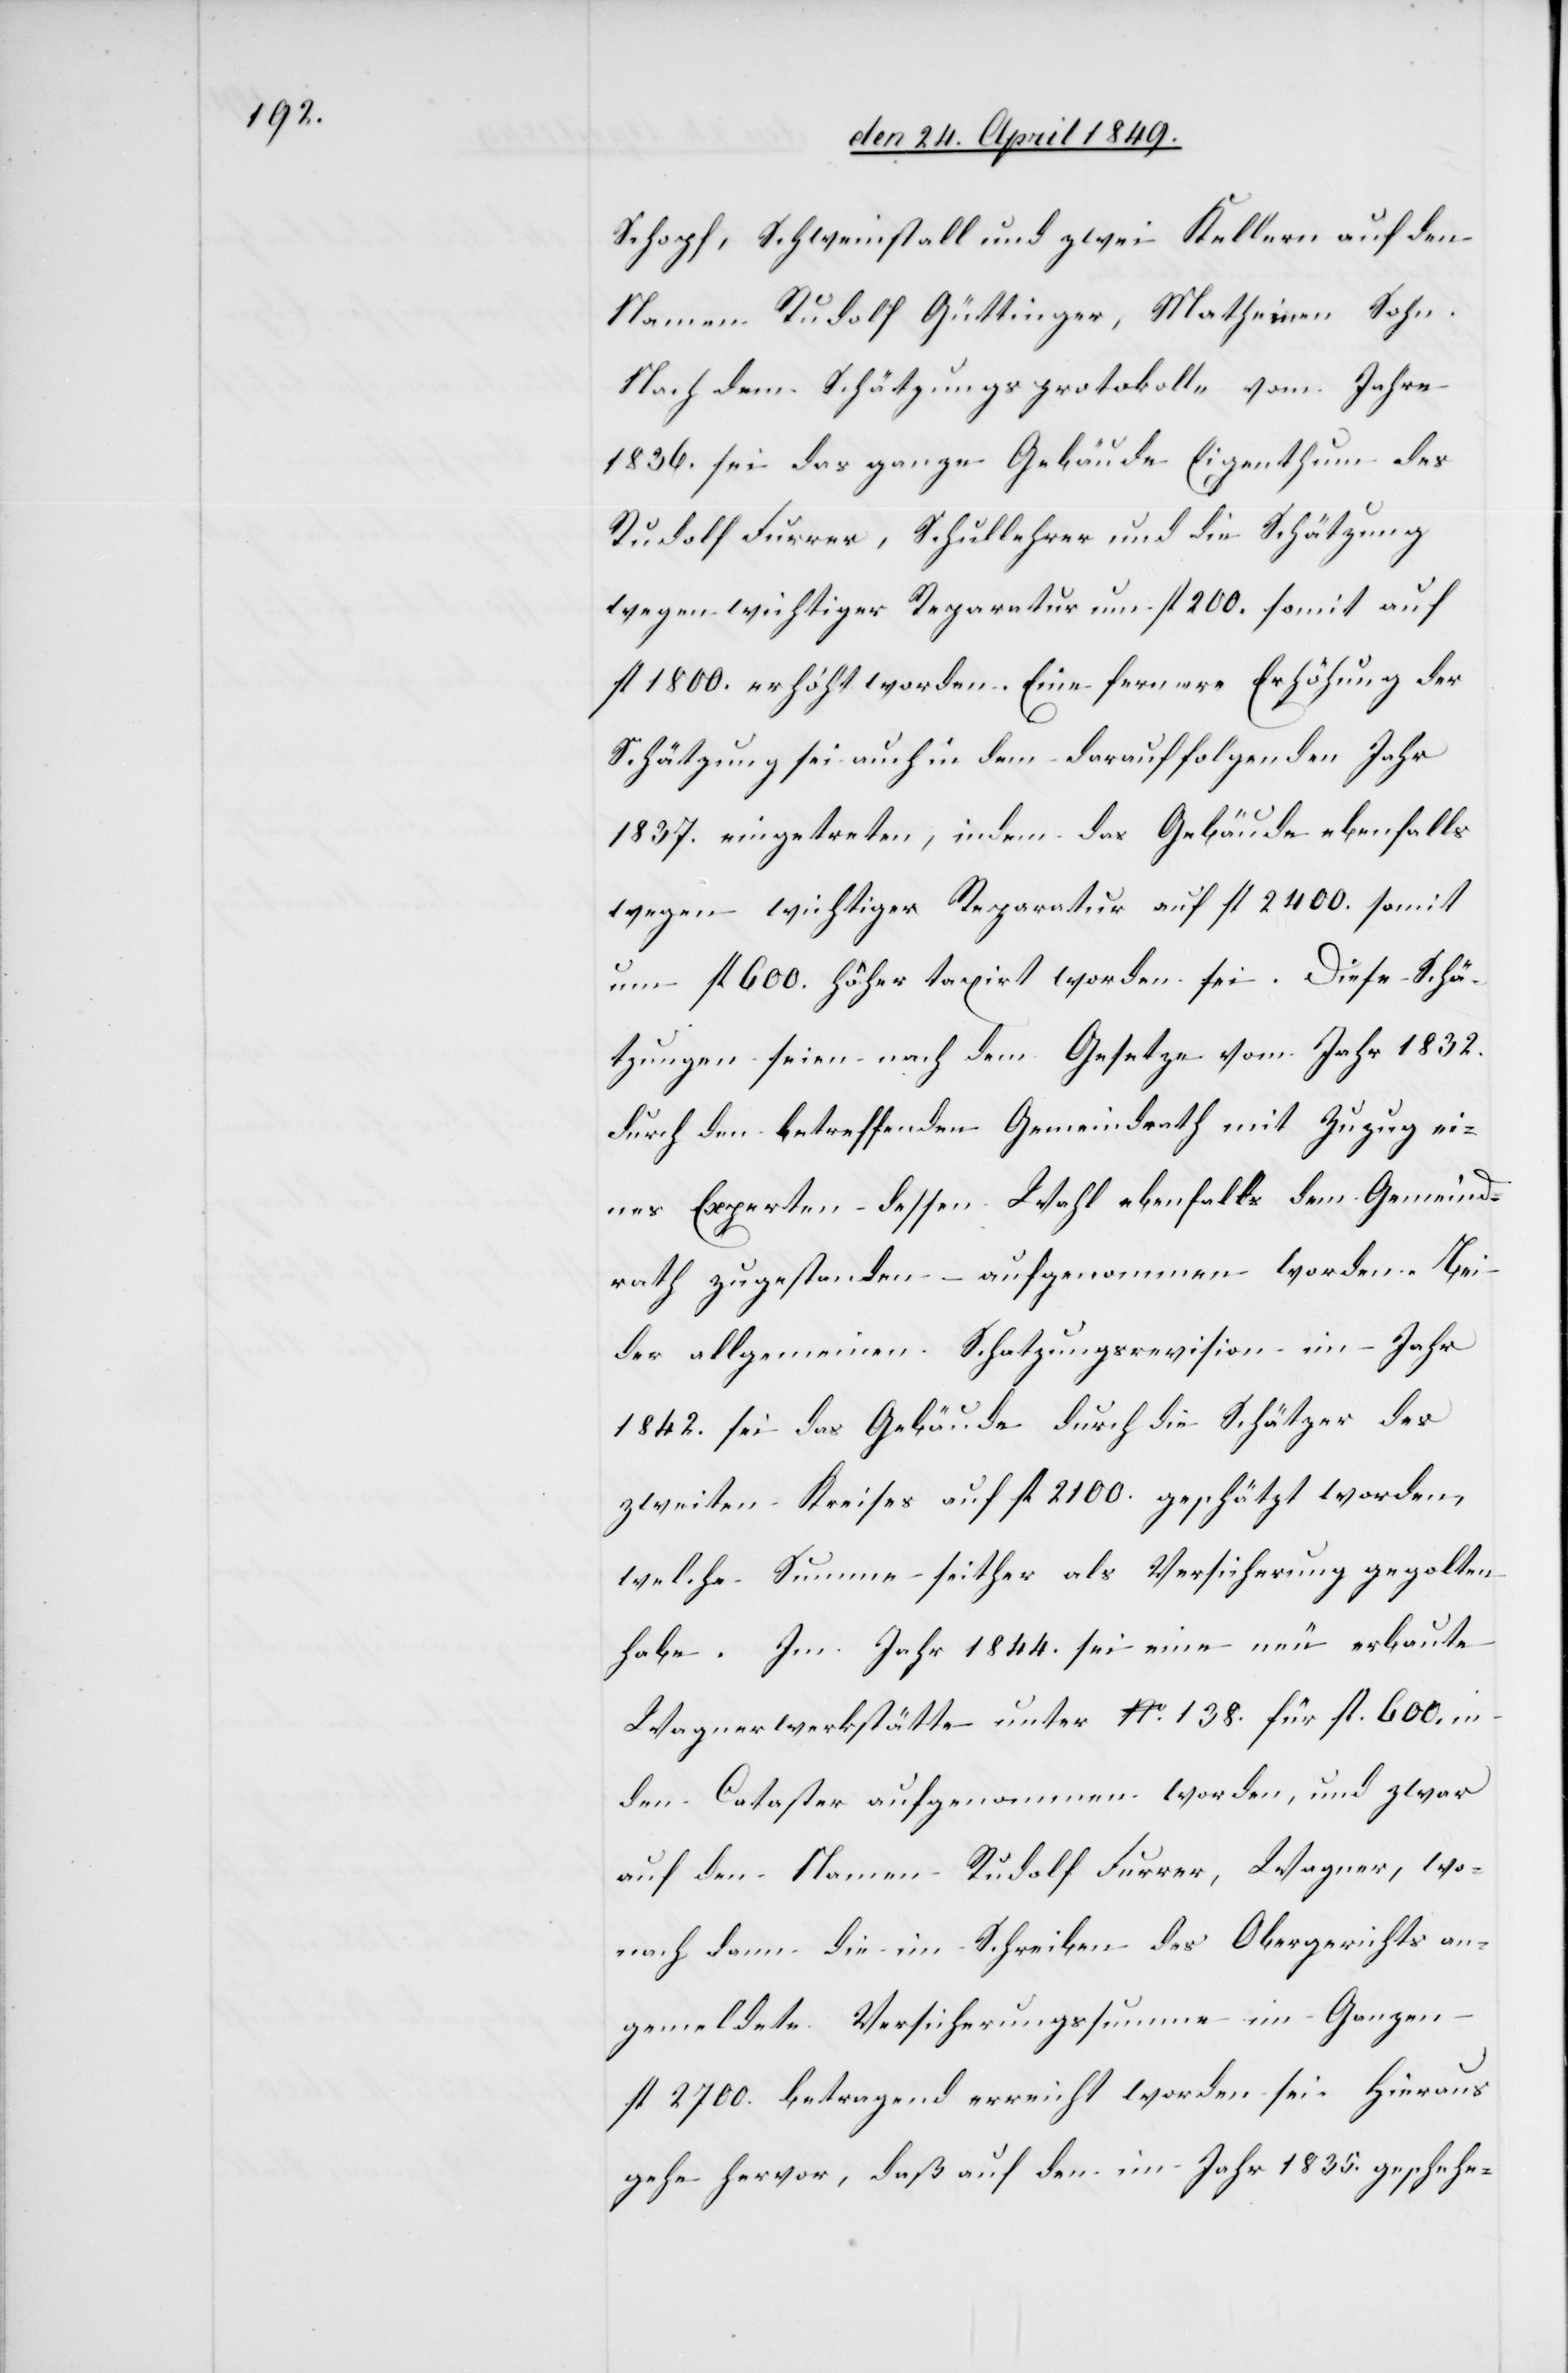
Schopf, Schweinstall und zwei Kellern auf den
Namen Rudolf Güttinger, Matheinen Sohn.
Nach dem Schätzungsprotokolle vom Jahre
1836. sei das ganze Gebäude Eigenthum des
Rudolf Furrer, Schullehrer und die Schätzung
wegen wichtiger Reparatur um fl. 200. somit auf
fl. 1800. erhöht worden. Eine fernere Erhöhung der
Schätzung sei auch in dem darauffolgenden Jahr
1837. eingetreten, indem das Gebäude ebenfalls
wegen wichtiger Reparatur auf fl. 2400. somit
um fl. 600. höher taxirt worden sei. Diese Schä¬
tzungen seien nach dem Gesetze vom Jahr 1832.
durch den betreffenden Gemeindrath mit Zuzug ei¬
nes Experten dessen Wahl ebenfalls dem Gemeind¬
rath zugestanden – aufgenommen worden. Bei
der allgemeinen Schatzungsrevision im Jahr
1842. sei das Gebäude durch die Schätzer des
zweiten Kreises auf fl. 2100. geschätzt worden,
welche Summe seither als Versicherung gegolten
habe. Im Jahr 1844. sei eine neu erbaute
Wagnerwerkstätte unter No 138. für fl. 600. in
den Cataster aufgenommen worden, und zwar
auf den Namen Rudolf Furrer, Wagner, wo¬
nach dem die im Schreiben des Obergerichts an¬
gemeldete Versicherungssumme im Ganzen
fl. 2700. betragend erreicht worden sei. Hieraus
gehe hervor, daß auf den im Jahr 1835. geschehe-